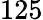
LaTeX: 125